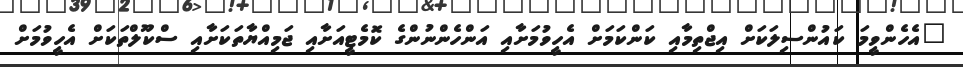
"އެހެންވީމަ ކައުންސިލަކަށް އިޖްތިމާއި ކަންކަމަށް އެހީވުމަށާއި އަންހެންނުންގެ ކޮމެޓީއަށާއި ޖަމިއްޔާތަކަށާއި ސްކޫލްތަކަށް އެހީވުމަށް